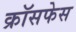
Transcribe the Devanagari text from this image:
क्रॉसफेस